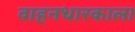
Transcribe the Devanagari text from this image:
वाहनधारकाला